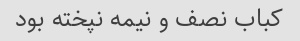
کباب نصف و نیمه نپخته بود